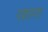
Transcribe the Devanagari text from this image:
एशागा